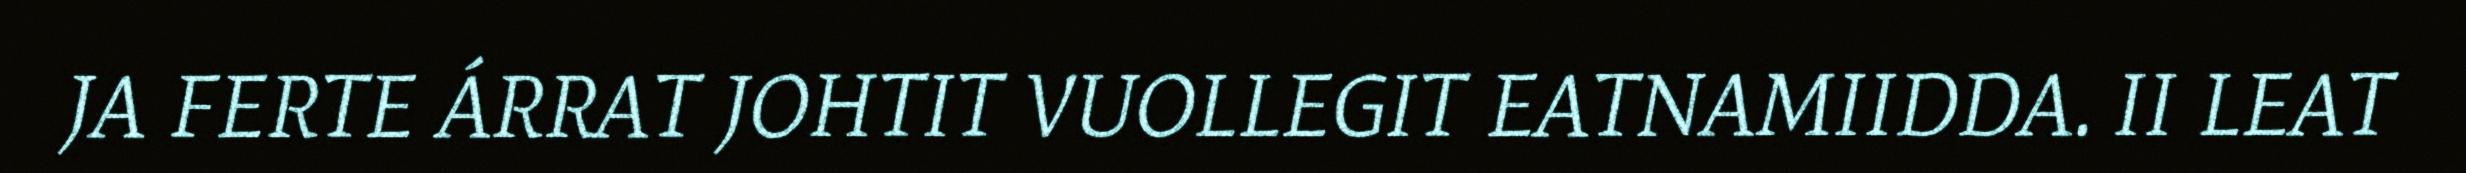
JA FERTE ÁRRAT JOHTIT VUOLLEGIT EATNAMIIDDA. II LEAT